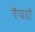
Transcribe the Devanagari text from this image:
रेवतं